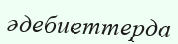
әдебиеттерда